Report on the Calcutta epizootic or cattle disease of 1864 in Calcutta and its neighbourhood
Year: 1864
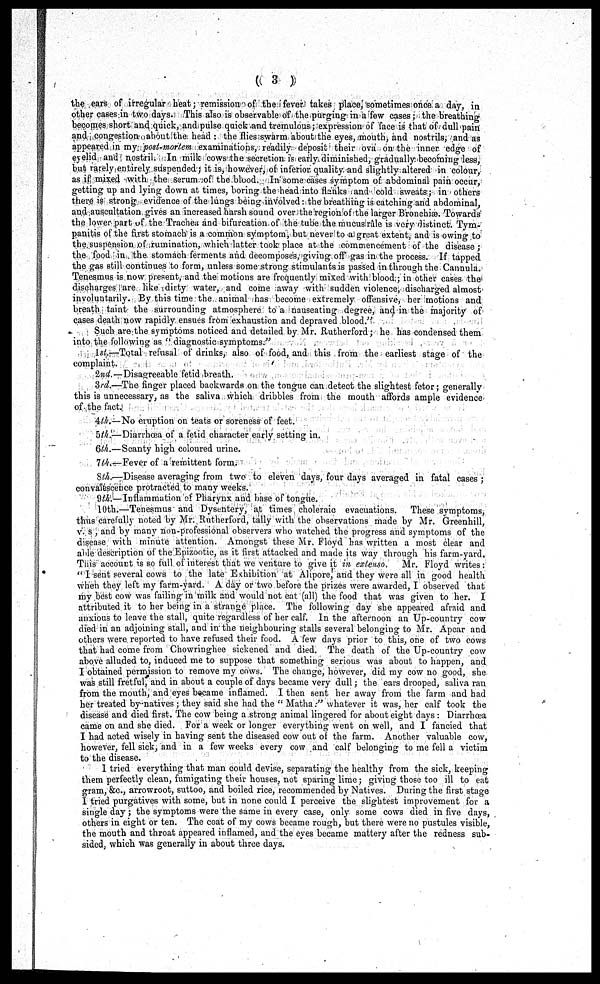
( 3 )
the ears of irregular heat; remission of the fever takes place, sometimes once a day, in
other cases in two days. This also is observable of the purging in a few cases; the breathing
becomes short and quick, and pulse quick and tremulous; expression of face is that of dull pain
and congestion about the head : the flies swarm about the eyes, mouth, and nostrils, and as
appeared in my post-mortem examinations, readily deposit their ova on the inner edge of
eyelid and nostril. In milk cows the secretion is early diminished, gradually becoming less,
but rarely entirely suspended; it is, however, of inferior quality and slightly altered in colour,
as if mixed with the serum of the blood. In some cases symptom of abdominal pain occur,
getting up and lying down at times, boring the head into flanks and cold sweats; in others
there is strong evidence of the lungs being involved: the breathing is catching and abdominal,
and auscultation gives an increased harsh sound over the region of the larger Bronchiæ. Towards
the lower part of the Trachea and bifurcation of the tube the mucus rale is very distinct. Tym-
panitis of the first stomach is a common symptom, but never to a great extent, and is owing to
the suspension of rumination, which latter took place at the commencement of the disease ;
the food in the stomach ferments and decomposes, giving off gas in the process. If tapped
the gas still continues to form, unless some strong stimulants is passed in through the Cannula.
Tenesmus is now present, and the motions are frequently mixed with blood; in other cases the
discharges are like dirty water, and come away with sudden violence, discharged almost
involuntarily. By this time the animal has become extremely offensive, her motions and
breath taint the surrounding atmosphere to a nauseating degree, and in the majority of
cases death now rapidly ensues from exhaustion and depraved blood."
Such are the symptoms noticed and detailed by Mr. Rutherford; he has condensed them
into the following as " diagnostic symptoms."
1st.—Total refusal of drinks, also of food, and this from the earliest stage of the
complaint.
2nd.—Disagreeable fetid breath.
3rd.—The finger placed backwards on the tongue can detect the slightest fetor; generally
this is unnecessary, as the saliva which dribbles from the mouth affords ample evidence
of the fact.
4th.—No eruption on teats or soreness of feet.
5th.—Diarrhœa of a fetid character early setting in.
6th.—Scanty high coloured urine.
7th.—Fever of a remittent form.
8th.—Disease averaging from two to eleven days, four days averaged in fatal cases ;
convalescence protracted to many weeks.
9th.—Inflammation of Pharynx and base of tongue.
10th.—Tenesmus and Dysentery, at times choleraic evacuations. These symptoms,
thus carefully noted by Mr. Rutherford, tally with the observations made by Mr. Greenhill,
v. s , and by many non-professional observers who watched the progress and symptoms of the
disease with minute attention. Amongst these Mr. Floyd has written a most clear and
able description of the Epizootic, as it first attacked and made its way through his farm-yard,
This account is so full of interest that we venture to give it in extenso. Mr. Floyd writes :
" I sent several cows to the late Exhibition at Alipore, and they were all in good health
when they left my farm-yard. A day or two before the prizes were awarded, I observed that
my best cow was failing in milk and would not eat (all) the food that was given to her. I
attributed it to her being in a strange place. The following day she appeared afraid and
anxious to leave the stall, quite regardless of her calf. In the afternoon an Up-country cow
died in an adjoining stall, and in the neighbouring stalls several belonging to Mr. Apcar and
others were reported to have refused their food. A few days prior to this, one of two cows
that had come from Chowringhee sickened and died. The death of the Up-country cow
above alluded to, induced me to suppose that something serious was about to happen, and
I obtained permission to remove my cows. The change, however, did my cow no good, she
was still fretful, and in about a couple of days became very dull; the ears drooped, saliva ran
from the mouth, and eyes became inflamed. I then sent her away from the farm and had
her treated by natives ; they said she had the "Matha:" whatever it was, her calf took the
disease and died first. The cow being a strong animal lingered for about eight days : Diarrhœa
came on and she died. For a week or longer everything went on well, and I fancied that
I had acted wisely in having sent the diseased cow out of the farm. Another valuable cow,
however, fell sick, and in a few weeks every cow and calf belonging to me fell a victim
to the disease.
I tried everything that man could devise, separating the healthy from the sick, keeping
them perfectly clean, fumigating their houses, not sparing lime; giving those too ill to eat
gram, &c., arrowroot, suttoo, and boiled rice, recommended by Natives. During the first stage
I tried purgatives with some, but in none could I perceive the slightest improvement for a
single day; the symptoms were the same in every case, only some cows died in five days,
others in eight or ten. The coat of my cows became rough, but there were no pustules visible,
the mouth and throat appeared inflamed, and the eyes became mattery after the redness sub-
sided, which was generally in about three days.